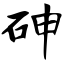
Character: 砷